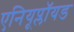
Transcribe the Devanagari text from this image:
एनियूप्लॉयड